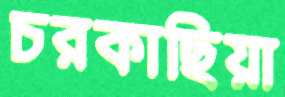
চরকাছিয়া